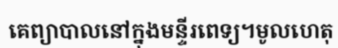
គេព្យាបាលនៅក្នុងមន្ទីរពេទ្យ។មូលហេតុ